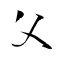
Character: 父